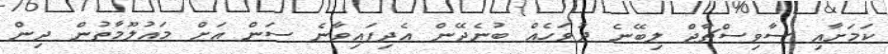
ކަމަށާއި ސާވިސްޗާޖް ލިބޭނެ ދުވަހެއް ބުނެދޭން އެދިފައިވާނެ ސަން އަށް މައުލޫމާތުން ދިން